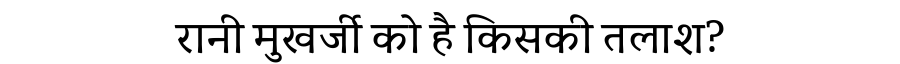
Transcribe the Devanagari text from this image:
रानी मुखर्जी को है किसकी तलाश?